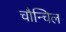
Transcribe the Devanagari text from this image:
चौन्चिल